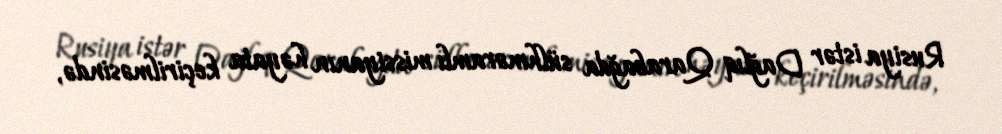
Rusiya istər Dağlıq Qarabağda sülhməramlı missiyanın həyata keçirilməsində,